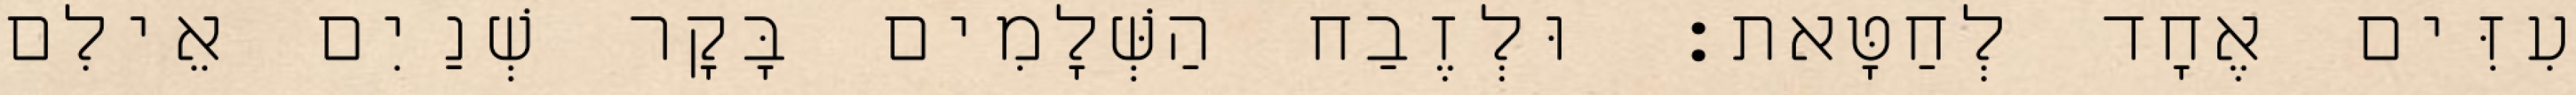
עִזִּים אֶחָד לְחַטָּאת׃ וּלְזֶבַח הַשְּׁלָמִים בָּקָר שְׁנַיִם אֵילִם